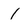
Character: 1